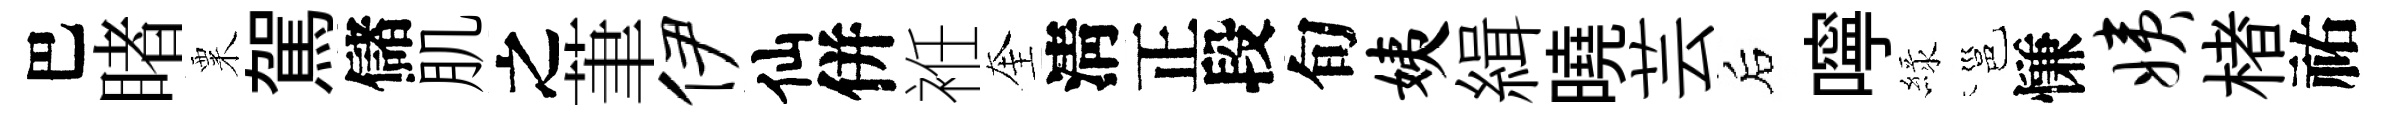
巴睹粟駕儲肌之茟伊仙併袵奎淸正段旬姨緝曉芸后嚀緑邕慊姨楮祐